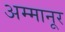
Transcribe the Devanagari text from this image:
अम्मानूर